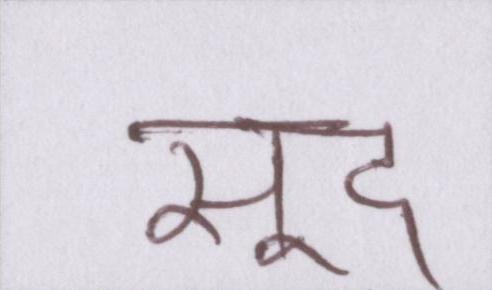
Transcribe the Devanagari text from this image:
सूद